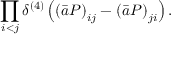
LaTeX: \prod _ { i < j } \delta ^ { ( 4 ) } \left( \left( \bar { a } { \cal P } \right) _ { i j } - \left( \bar { a } { \cal P } \right) _ { j i } \right) .